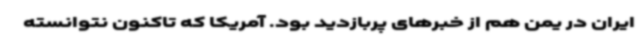
ایران در یمن هم از خبرهای پربازدید بود. آمریکا که تاکنون نتوانسته